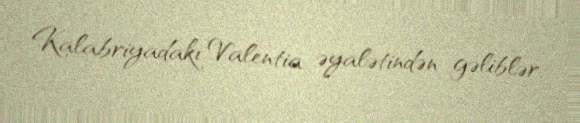
Kalabriyadakı Valentia əyalətindən gəliblər.